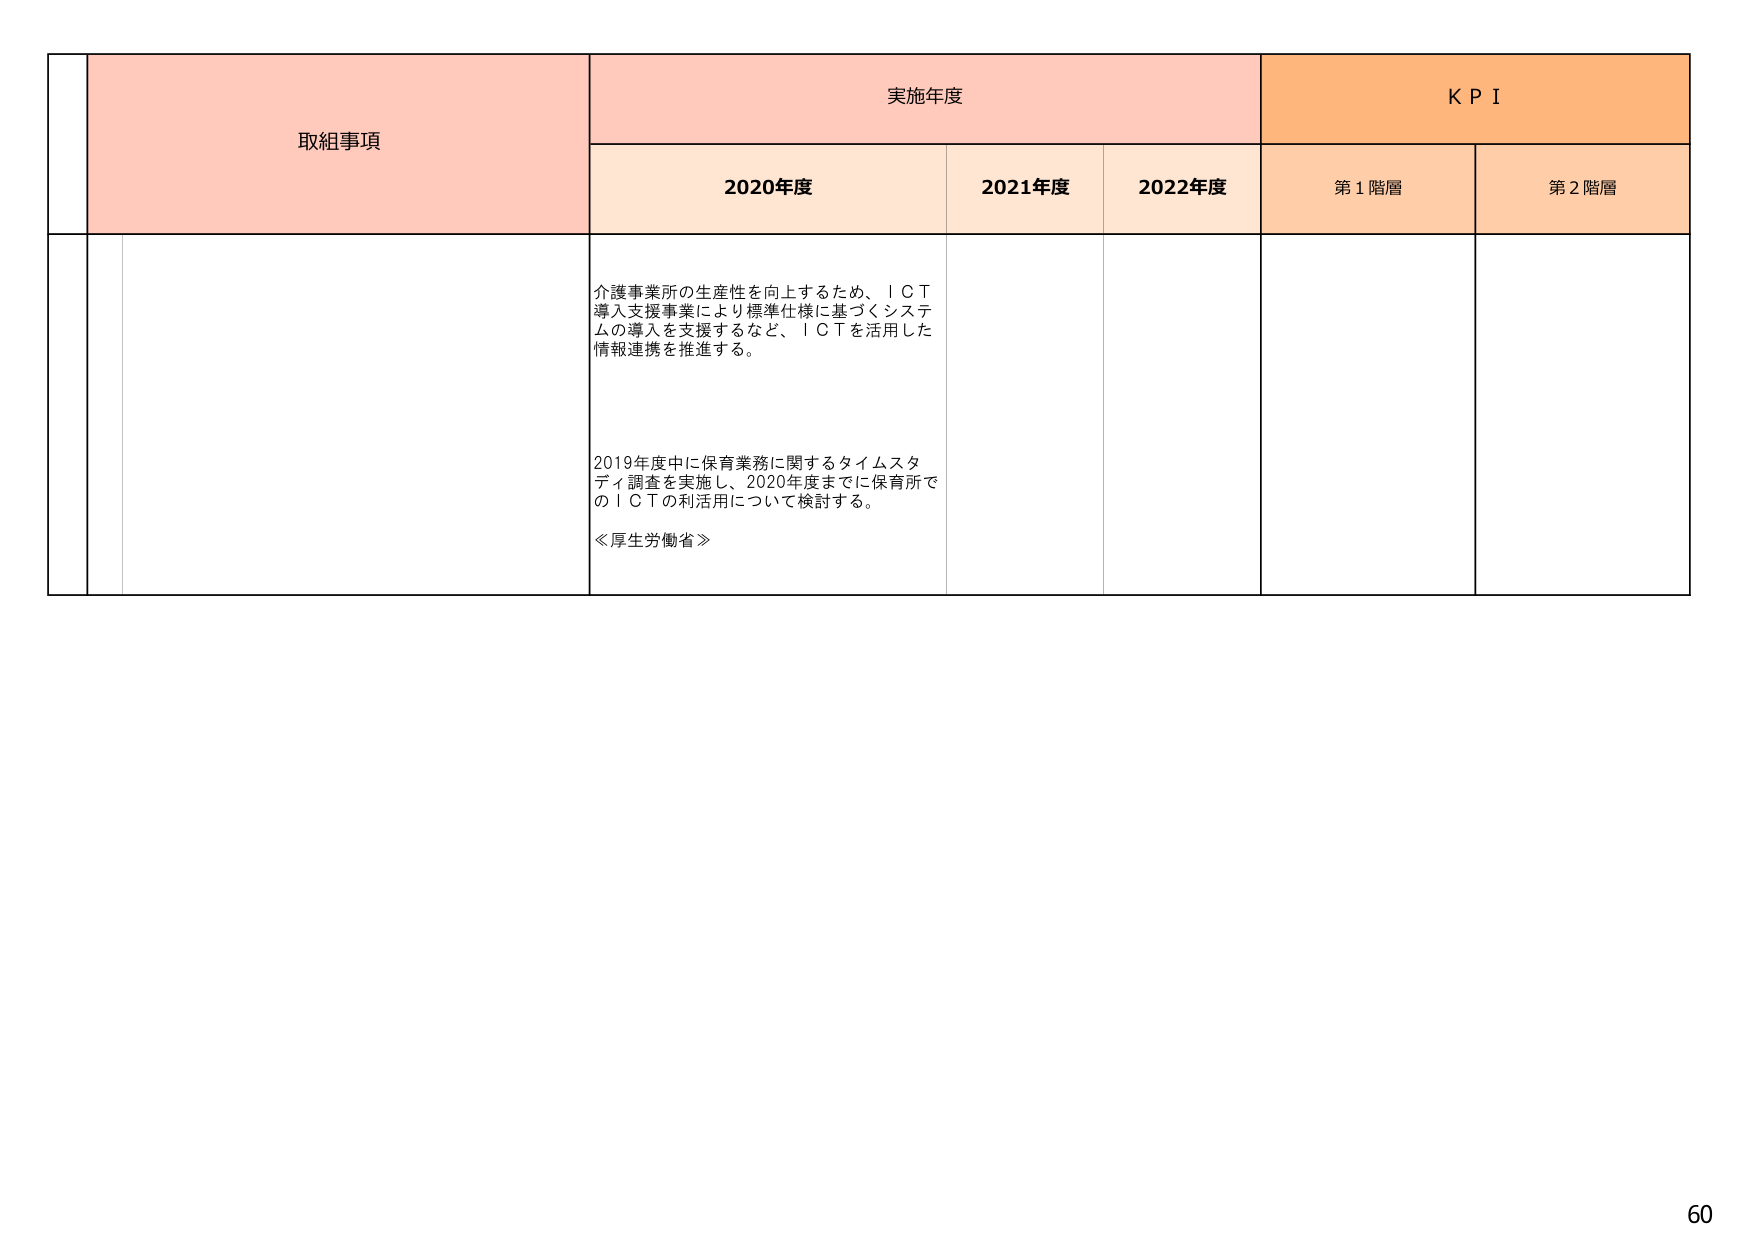
取組事項
実施年度
KPI
2020年度
2021年度
2022年度
第1階層
第2階層
介護事業所の生産性を向上するため、ＩＣＴ導入支援事業により標準仕様に基づくシステムの導入を支援するなど、ＩＣＴを活用した情報連携を推進する。
2019年度中に保育業務に関するタイムスタディ調査を実施し、2020年度までに保育所でのＩＣＴの利活用について検討する。
≪厚生労働省≫
60